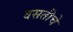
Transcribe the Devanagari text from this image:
वसतीचे